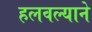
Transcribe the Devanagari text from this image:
हलवल्याने